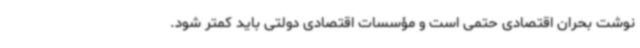
نوشت بحران اقتصادی حتمی است و مؤسسات اقتصادی دولتی باید کمتر شود.